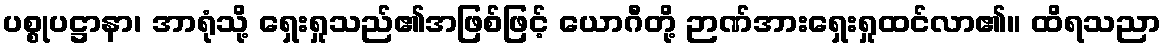
ပစ္စုပဋ္ဌာနာ၊ အာရုံသို့ ရှေးရှုသည်၏အဖြစ်ဖြင့် ယောဂီတို့ ဉာဏ်အားရှေးရှုထင်လာ၏။ ထိရသညာ